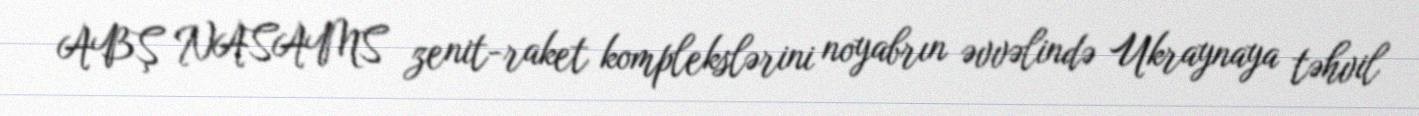
ABŞ NASAMS zenit-raket komplekslərini noyabrın əvvəlində Ukraynaya təhvil